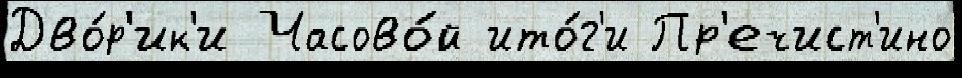
Дво́р'ик'и Часово́й ито́г'и Пр'ечист'ино